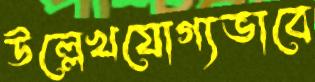
উল্লেখযোগ্যভাবে